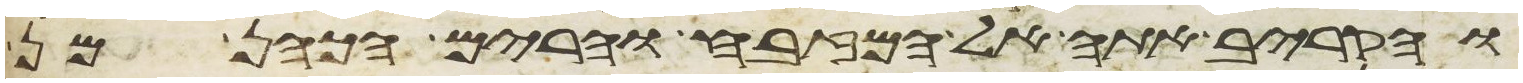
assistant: והקריב אתה אל המזבח והרים הכהן מן